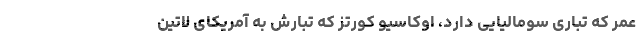
عمر که تباری سومالیایی دارد، اوکاسیو کورتز که تبارش به آمریکای لاتین